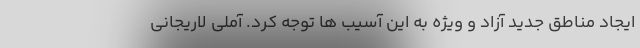
ایجاد مناطق جدید آزاد و ویژه به این آسیب ها توجه کرد. آملی لاریجانی